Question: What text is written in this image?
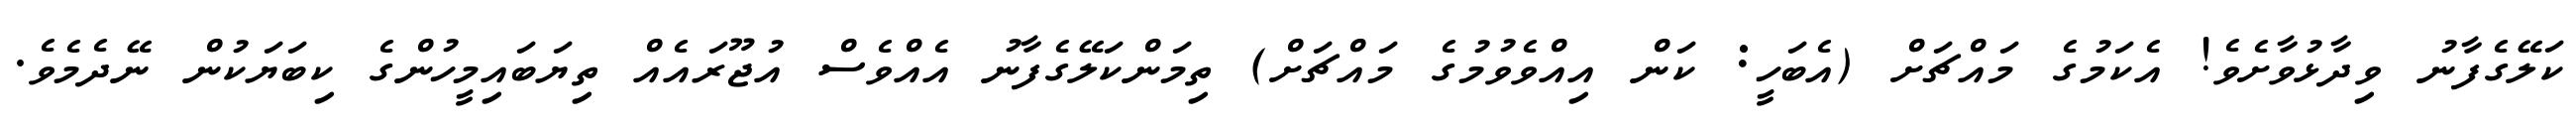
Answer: ކަލޭގެފާނު ވިދާޅުވާށެވެ! އެކަމުގެ މައްޗަށް (އެބަހީ: ކަން އިއްވެވުމުގެ މައްޗަށް) ތިމަންކަލޭގެފާނު އެއްވެސް އުޖޫރައެއް ތިޔަބައިމީހުންގެ ކިބަޔަކުން ނޭދެމެވެ.